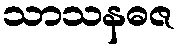
သာသနဓဇ